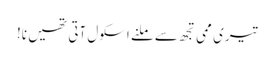
تیری ممی تجھ سے ملنے اسکول آتی تھیں نا!